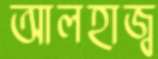
আলহাজ্ব